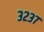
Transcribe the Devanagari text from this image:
३२३७